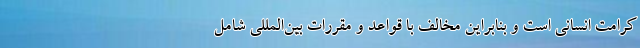
کرامت انسانی است و بنابراین مخالف با قواعد و مقررات بین‌المللی شامل